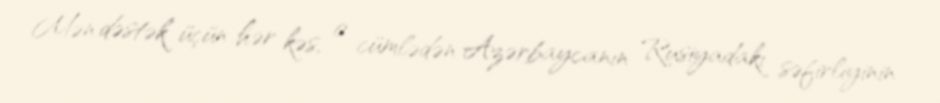
Mən dəstək üçün hər kəs, o cümlədən Azərbaycanın Rusiyadakı səfirliyinin